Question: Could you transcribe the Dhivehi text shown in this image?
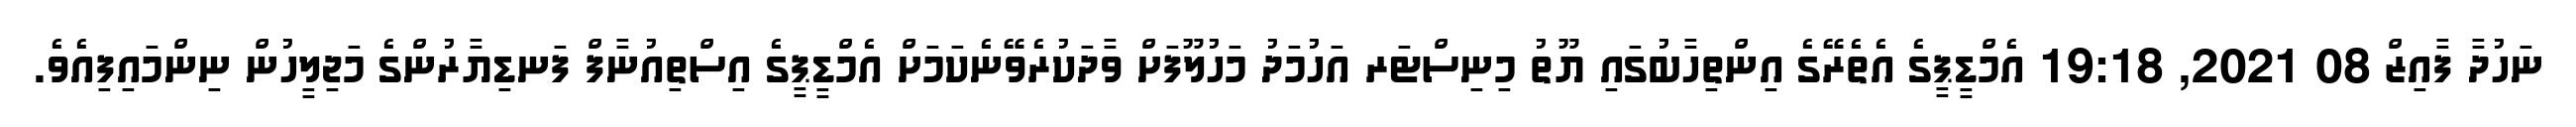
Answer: ނަހުދާ ފާއިޒް 08 2021, 19:18 އެމްޑީޕީގެ އެތެރޭގެ އިންތިހާބުގައި ޔޫތު މިނިސްޓަރ އަހުމަދު މަހުލޫފަށް ވާދަކުރެވޭނެކަމަށް އެމްޑީޕީގެ އިސްތިއުނާފް ފަނޑިޔާރުންގެ މަޖިލީހުން ނިންމައިފިއެވެ.